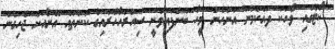
ކޯޓުގައި ވާހަކަ ދައްކަމުން އަންހެން މީހާ ބުނެފައިވަނީ ސިހުރުހާހޫރައިގެ ކަންތައް އޭނާއަށް ޖެހިގެން